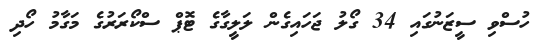
ހުސްވި ސީޒަނުގައި 34 ގޯލު ޖަހައިގެން ލަލީގާގެ ޓޮޕް ސްކޯރަރުގެ މަގާމު ހޯދި